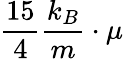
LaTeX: {\frac{15}{4}}{\frac{k_{B}}{m}}\cdot\mu